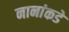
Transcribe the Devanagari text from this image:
नानांकडे